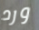
ورد